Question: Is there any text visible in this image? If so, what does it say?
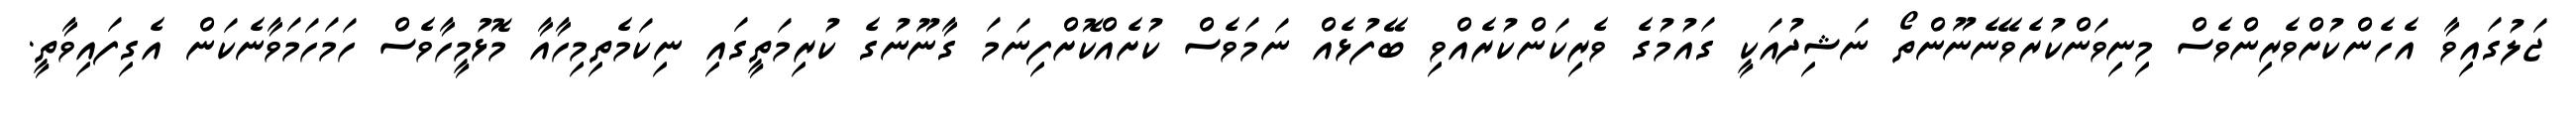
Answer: ޖަލުގައިވާ އެހެންކުށްވެރިންވެސް މިނިވަންކުރެވޭނެނޫންތޯ ނަޝިދުއަކީ ގައުމުގެ ވެރިކަންކުރެއްވި ބޭފުޅެއް ނަމަވެސް ކުށެއްކޮށްފިނަމަ ގާނޫނުގެ ކުރިމަތީގައި ނިކަމެތިމިހާއާ މޮޅުމީހާވެސް ހަމަހަމަވާނެކަން އެގިފައިވާތީ.